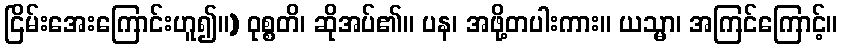
ငြိမ်းအေးကြောင်းဟူ၍။) ဝုစ္စတိ၊ ဆိုအပ်၏။ ပန၊ အဖို့တပါးကား။ ယသ္မာ၊ အကြင်ကြောင့်။